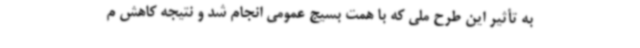
به تأثیر این طرح ملی که با همت بسیج عمومی انجام شد و نتیجه کاهش م